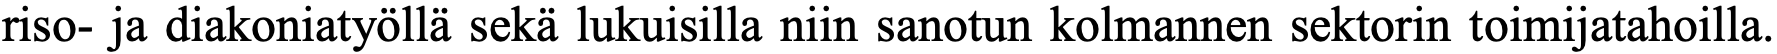
riso- ja diakoniatyöllä sekä lukuisilla niin sanotun kolmannen sektorin toimijatahoilla.